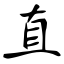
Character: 直